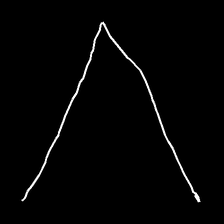
Glyph: region